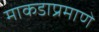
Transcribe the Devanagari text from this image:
माकडाप्रमाणे